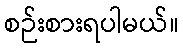
စဉ်းစားရပါမယ်။